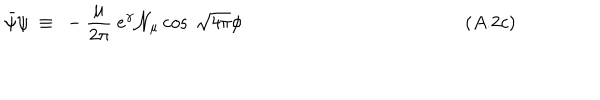
\bar { \psi } \psi ~ \equiv ~ - \frac { \mu } { 2 \pi } ~ e ^ { \gamma } { \cal N } _ { \mu } \cos ~ \sqrt { 4 \pi } \phi ( A . 2 c )